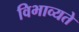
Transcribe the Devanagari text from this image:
विभाव्यते